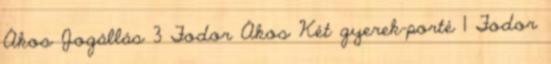
Ákos Jogállás 3 Fodor Ákos Két gyerek-porté 1 Fodor